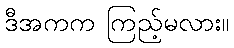
ဒီအကက ကြည့်မလား။